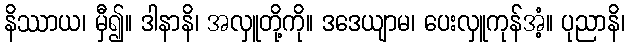
နိဿာယ၊ မှီ၍။ ဒါနာနိ၊ အလှူတို့ကို။ ဒဒေယျာမ၊ ပေးလှူကုန်အံ့။ ပုညာနိ၊